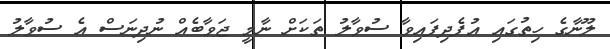
ލޫނާގެ ހިތުގައި އުފެދިފައިވާ ސުވާލު ތަކަށް ނާމީ ޖަވާބެއް ނުދިނަސް އެ ސުވާލު